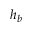
h _ { b }